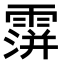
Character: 𩅅